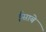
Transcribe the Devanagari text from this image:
ईसाबे